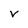
Character: v